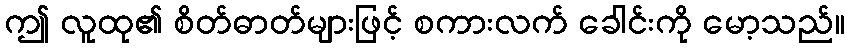
ဤ လူထု၏ စိတ်ဓာတ်များဖြင့် စကားလက် ခေါင်းကို မော့သည်။